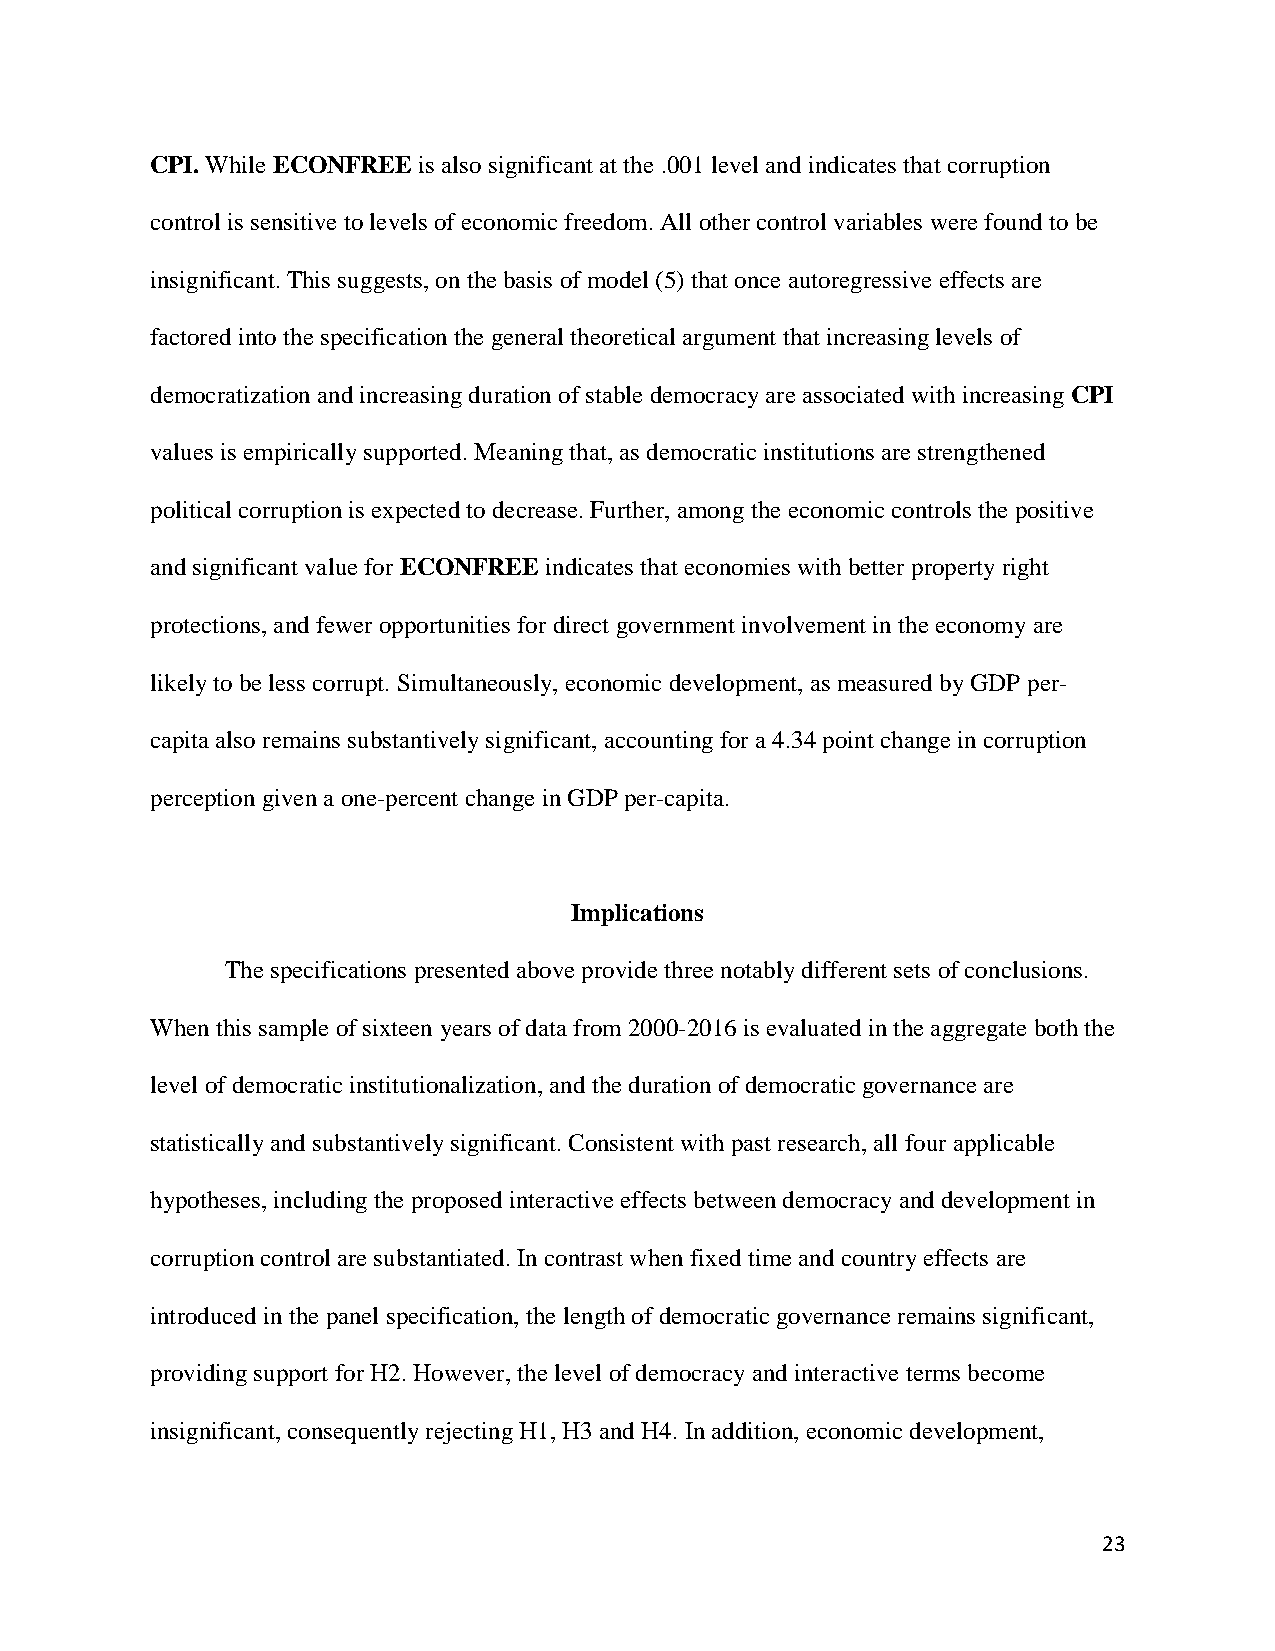
CPI. While ECONFREE is also significant at the .001 level and indicates that corruption
 control is sensitive to levels of economic freedom. All other control variables were found to be
 insignificant. This suggests, on the basis of model (5) that once autoregressive effects are
 factored into the specification the general theoretical argument that increasing levels of
 democratization and increasing duration of stable democracy are associated with increasing CPI
 values is empirically supported. Meaning that, as democratic institutions are strengthened
 political corruption is expected to decrease. Further, among the economic controls the positive
 and significant value for ECONFREE indicates that economies with better property right
 protections, and fewer opportunities for direct government involvement in the economy are
 likely to be less corrupt. Simultaneously, economic development, as measured by GDP per-
 capita also remains substantively significant, accounting for a 4.34 point change in corruption
 perception given a one-percent change in GDP per-capita.
 Implications
 The specifications presented above provide three notably different sets of conclusions.
 When this sample of sixteen years of data from 2000-2016 is evaluated in the aggregate both the
 level of democratic institutionalization, and the duration of democratic governance are
 statistically and substantively significant. Consistent with past research, all four applicable
 hypotheses, including the proposed interactive effects between democracy and development in
 corruption control are substantiated. In contrast when fixed time and country effects are
 introduced in the panel specification, the length of democratic governance remains significant,
 providing support for H2. However, the level of democracy and interactive terms become
 insignificant, consequently rejecting H1, H3 and H4. In addition, economic development,
 23